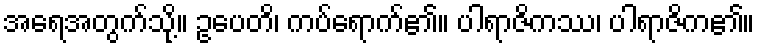
အရေအတွက်သို့။ ဥပေတိ၊ ကပ်ရောက်၏။ ပါရာဇိကဿ၊ ပါရာဇိက၏။